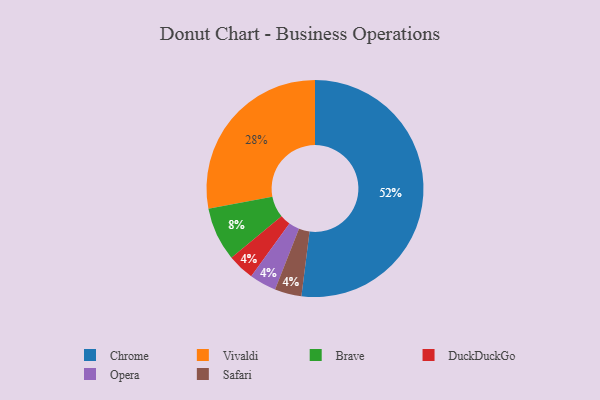
{"axis": {"x": "Category", "y": "Percentage"}, "legend": ["Brave", "Chrome", "DuckDuckGo", "Opera", "Safari", "Vivaldi"], "data": [{"x": "Brave", "y": 8, "type": "Brave"}, {"x": "Vivaldi", "y": 28, "type": "Vivaldi"}, {"x": "DuckDuckGo", "y": 4, "type": "DuckDuckGo"}, {"x": "Opera", "y": 4, "type": "Opera"}, {"x": "Chrome", "y": 52, "type": "Chrome"}, {"x": "Safari", "y": 4, "type": "Safari"}]}